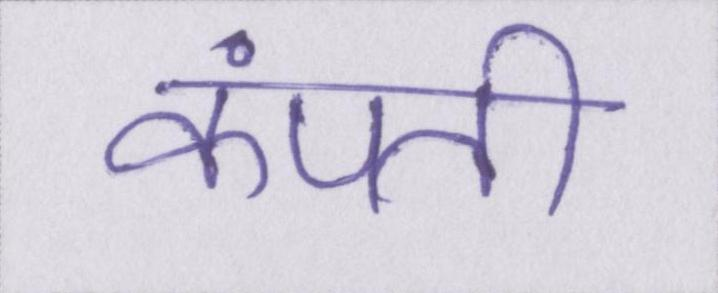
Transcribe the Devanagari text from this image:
कंपती